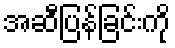
အဆီပြန်ခြင်းကို